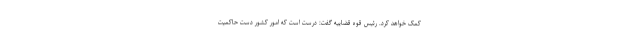
کمک خواهد کرد. رئیس قوه قضاییه گفت: درست است که امور کشور دست حاکمیت